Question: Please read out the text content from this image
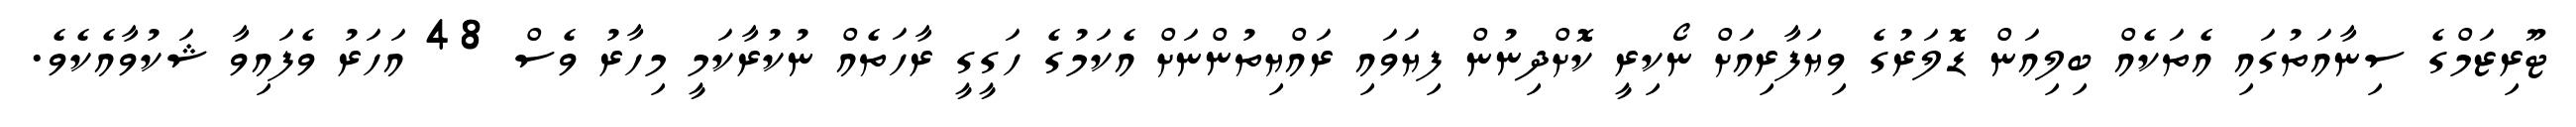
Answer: ޓޫރިޒަމްގެ ސިނާއަތުގައި އެތަކެއް ބިލިއަން ޑޮލަރުގެ ވިޔަފާރިއަށް ނޯކިރީ ކޮށްދިނުން ފިޔަވައި ރައްޔިތުންނަށް އެކަމުގެ ހަގީގީ ރާހަތެއް ނުކުރާކަމީ މިހާރު ވެސް 48 އަހަރު ވެފައިވާ ޝަކުވާއެކެވެ.